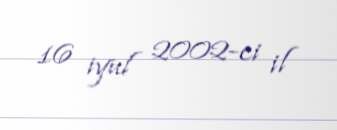
16 iyul 2002-ci il